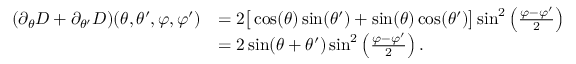
\begin{array} { r l } { ( \partial _ { \theta } D + \partial _ { \theta ^ { \prime } } D ) ( \theta , \theta ^ { \prime } , \varphi , \varphi ^ { \prime } ) } & { = 2 \big [ \cos ( \theta ) \sin ( \theta ^ { \prime } ) + \sin ( \theta ) \cos ( \theta ^ { \prime } ) \big ] \sin ^ { 2 } \left( \frac { \varphi - \varphi ^ { \prime } } { 2 } \right) } \\ & { = 2 \sin ( \theta + \theta ^ { \prime } ) \sin ^ { 2 } \left( \frac { \varphi - \varphi ^ { \prime } } { 2 } \right) . } \end{array}